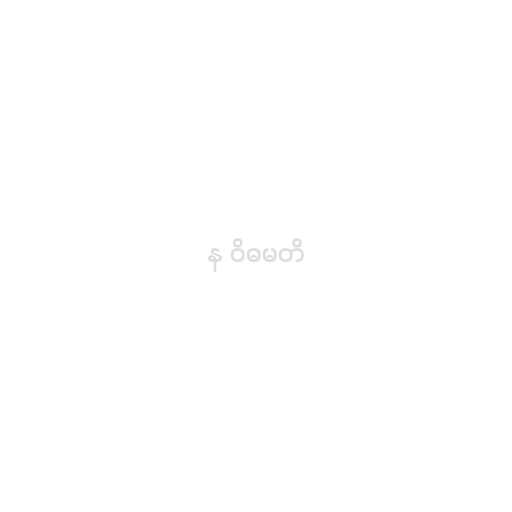
န ဝိဓမတိ